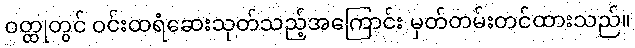
ဝတ္ထုတွင် ဝင်းထရံဆေးသုတ်သည့်အကြောင်း မှတ်တမ်းတင်ထားသည်။